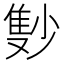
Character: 𲉫